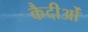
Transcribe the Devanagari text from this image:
कैदीओं